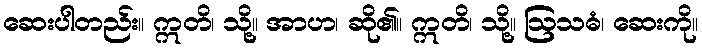
ဆေးပါတည်း။ ဣတိ၊ သို့။ အာဟ၊ ဆို၏။ ဣတိ၊ သို့။ ဩသဓံ၊ ဆေးကို။